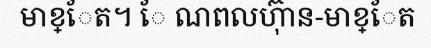
មាខ្ែត។ ែ ណពលហ៊ុាន-មាខ្ែត